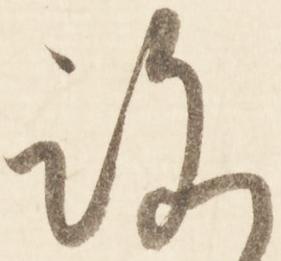
ろ